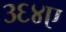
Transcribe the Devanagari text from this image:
३६४ए